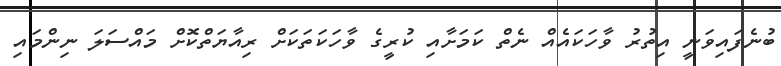
ބުނެފައިވަނީ އިތުރު ވާހަކައެއް ނެތް ކަމަށާއި ކުރީގެ ވާހަކަތަކަށް ރިއާޔަތްކޮށް މައްސަލަ ނިންމައި